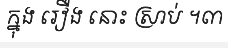
ក្នុង រឿង នោះ ស្រាប់ ។៣